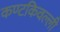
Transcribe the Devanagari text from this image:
कण्टकिवल्ली